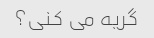
گریه می کنی؟